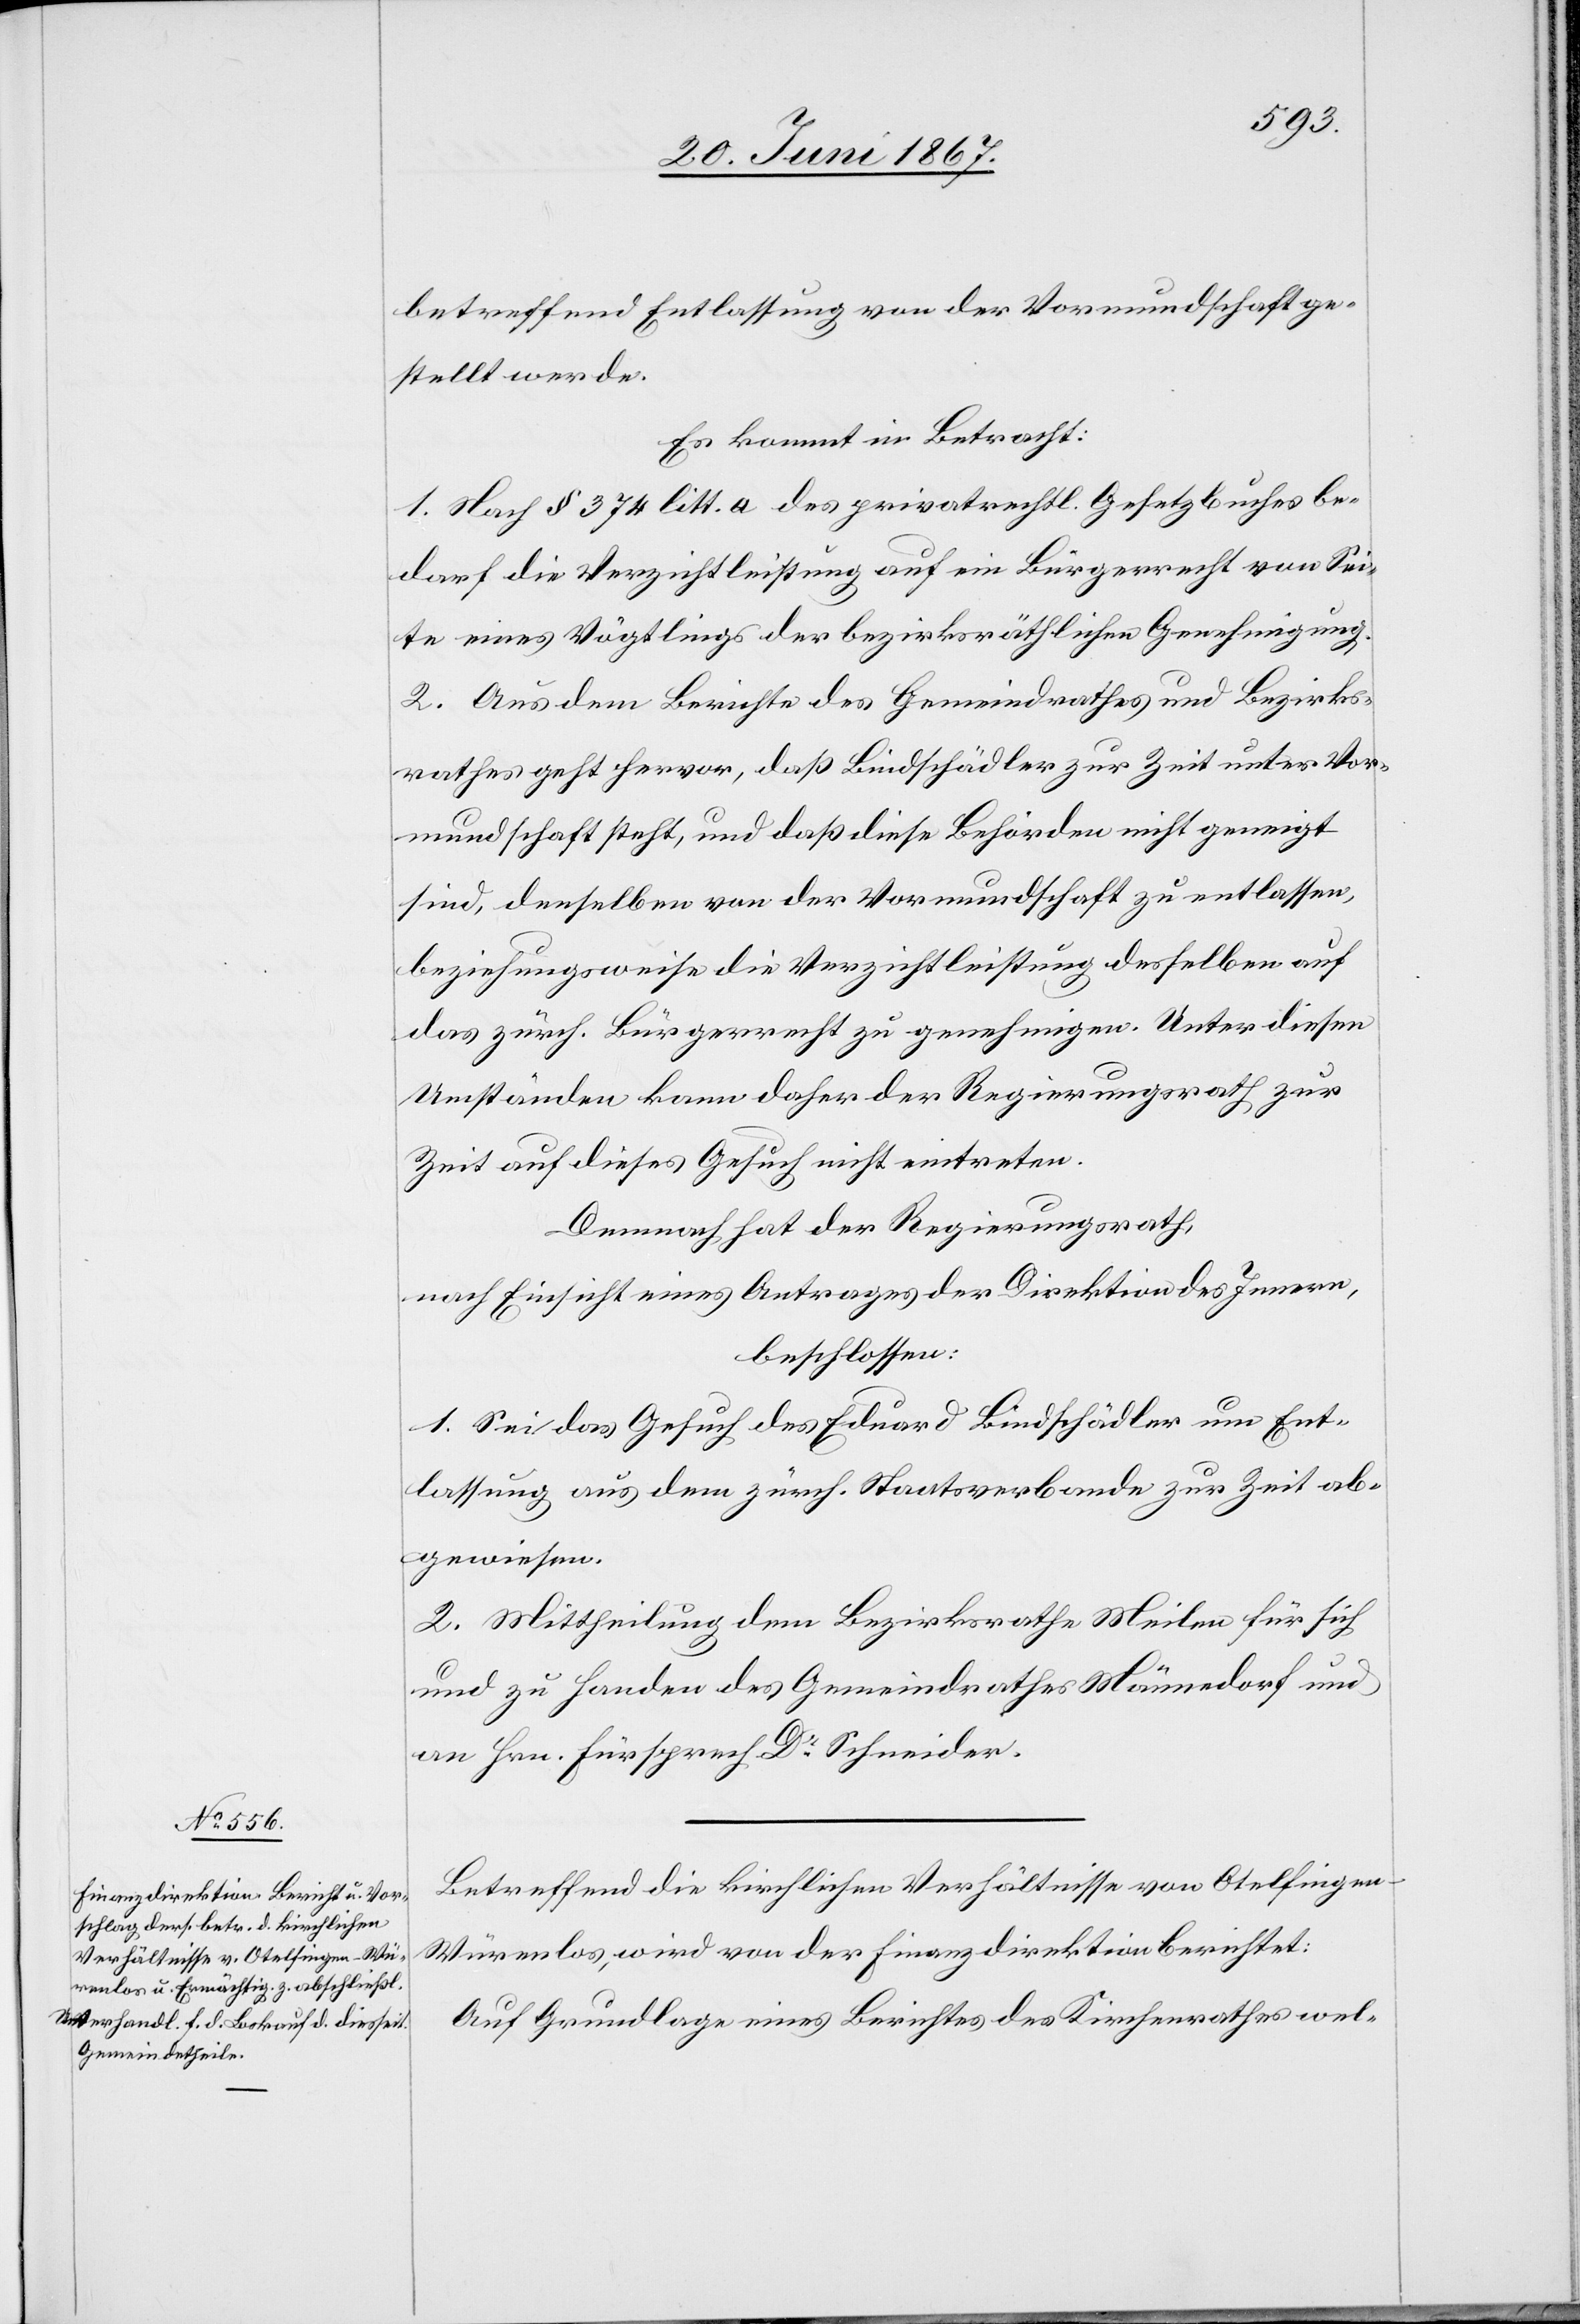
betreffend Entlassung von der Vormundschaft ge¬
stellt werde.
Es kommt in Betracht:
1. Nach § 374 litt. a des privatrechtl. Gesetzbuches be¬
darf die Verzichtleistung auf ein Bürgerrecht von Sei¬
te eines Vögtlings der bezirksräthlichen Genehmigung.
2. Aus dem Berichte des Gemeindrathes und Bezirks¬
rathes geht hervor, daß Bindschädler zur Zeit unter Vor¬
mundschaft steht, und daß diese Behörden nicht geneigt
sind, denselben von der Vormundschaft zu entlassen,
beziehungsweise die Verzichtleistung desselben auf
das zürch. Bürgerrecht zu genehmigen. Unter diesen
Umständen kann daher der Regierungsrath zur
Zeit auf dieses Gesuch nicht eintreten.
Demnach hat der Regierungsrath,
nach Einsicht eines Antrages der Direktion des Innern,
beschlossen:
1. Sei das Gesuch des Eduard Bindschädler um Ent¬
lassung aus dem zürch. Staatsverbande zur Zeit ab¬
gewiesen.
2. Mittheilung dem Bezirksrathe Meilen für sich
und zu Handen des Gemeindrathes Männedorf und
an Hrn. Fürsprech Dr. Schneider.
Betreffend die kirchlichen Verhältnisse von Otelfinge¬
n-Würenlos, wird von der Finanzdirektion berichtet:
Auf Grundlage eines Berichtes des Kirchenrathes wel-